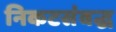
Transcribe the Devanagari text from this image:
निकटसंबद्ध